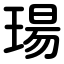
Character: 瑒